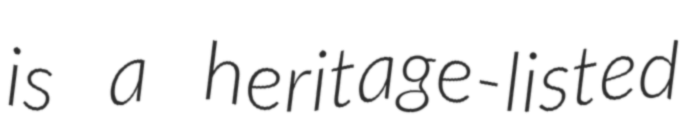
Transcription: is a heritage-listed